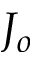
J _ { o }